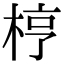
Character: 梈